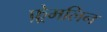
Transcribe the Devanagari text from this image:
फ़्रेमलिन